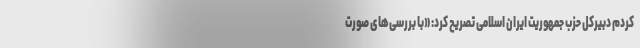
کردم دبیرکل حزب جمهوریت ایران اسلامی تصریح کرد: «با بررسی‌های صورت